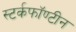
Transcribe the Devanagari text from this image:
स्टर्कफॉण्टीन